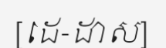
[ដេ-ដាស]